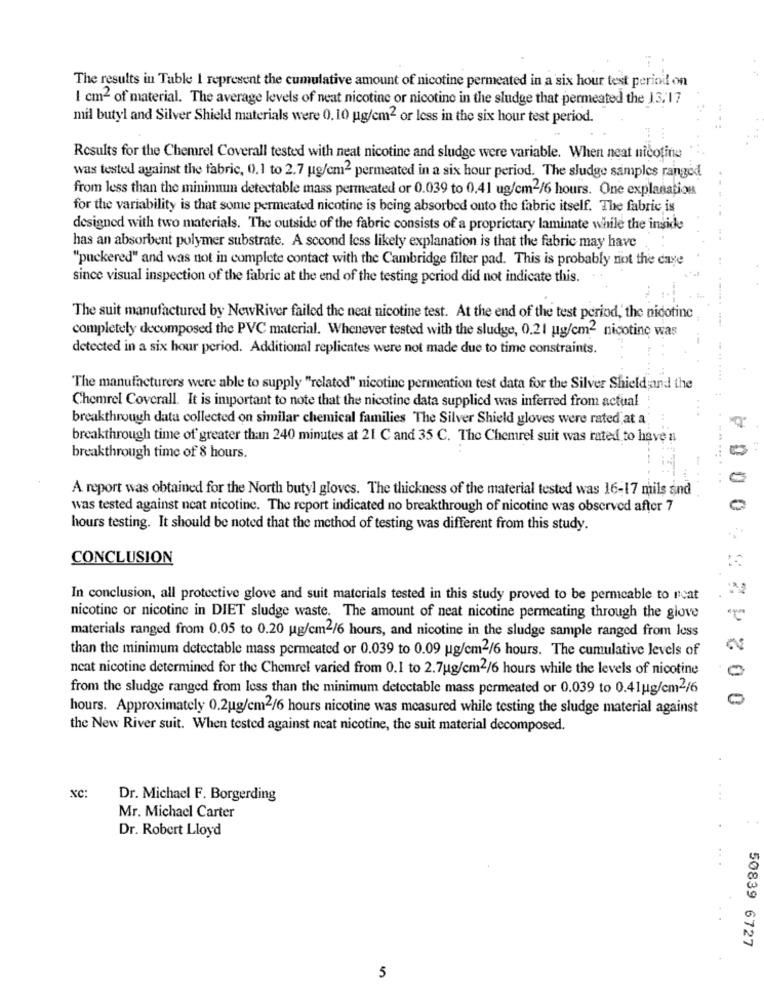
The results in Table 1 represent the cumulative amount of nicotine permeated in a six hour test period on
I cm2 of material. The average levels of neat nicotine or nicotine in the sludge that permeated the 13,17
mil butyl and Silver Shield materials were 0.10 ug/cm2 or less in the six hour test period.
Results for the Chemrel Coverall tested with neat nicotine and sludge were variable. When neat nicotine
was tested against the fabric, 0.1 to 2.7 ug/cm2 permeated in a six hour period. The sludge samples ranged
from less than the minimum detectable mass permeated or 0.039 to 0.41 ug/cm2/6 hours. One explanation
for the variability is that some permeated nicotine is being absorbed onto the fabric itself. The fabric is
designed with two materials. The outside of the fabric consists of a proprietary laminate while the inside
has an absorbent polymer substrate. A second less likely explanation is that the fabric may have
"puckered" and was not in complete contact with the Cambridge filter pad. This is probably not the cave
since visual inspection of the fabric at the end of the testing period did not indicate this.
The suit manufactured by NewRiver failed the neat nicotine test. At the end of the test period,' the nidotine
completely decomposed the PVC material. Whenever tested with the sludge, 0.21 ug/cm2 nicotine was
detected in a six hour period. Additional replicates were not made due to time constraints.
The manufacturers were able to supply "related" nicotine permention test data for the Silver Shield;and the
Chemrel Coverall. It is important to note that the nicotine data supplied was inferred from actual
breakthrough data collected on similar chemical families The Silver Shield gloves were rated at a
breakthrough time of greater than 240 minutes at 21 C and 35 C. The Chemrel suit was rated to have a
breakthrough time of 8 hours.
A report was obtained for the North butyl gloves. The thickness of the material tested was 16-17 mils sind
was tested against neat nicotine. The report indicated no breakthrough of nicotine was observed after 7
hours testing. It should be noted that the method of testing was different from this study.
CONCLUSION
In conclusion, all protective glove and suit materials tested in this study proved to be permeable to neat
nicotine or nicotine in DIET sludge waste. The amount of neat nicotine permeating through the glove
2.
materials ranged from 0.05 to 0.20 g/cm2/6 hours, and nicotine in the sludge sample ranged from less
than the minimum detectable mass permeated or 0.039 to 0.09 ug/cm2/6 hours. The cumulative levels of
neat nicotine determined for the Chemrel varied from 0.1 to 2.7ug/cm2/6 hours while the levels of nicotine
0
from the sludge ranged from less than the minimum detectable mass permeated or 0.039 to 0.41ug/cm2/6
hours. Approximately 0.2ug/cm2/6 hours nicotine was measured while testing the sludge material against
the New River suit. When tested against neat nicotine, the suit material decomposed.
xC:
Dr. Michael F. Borgerding
Mr. Michael Carter
Dr. Robert Lloyd
50839 6727
5